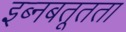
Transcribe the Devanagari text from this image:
इब्नबतूतता